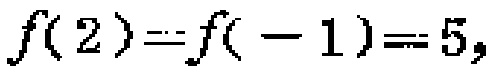
\(f(2)=f(-1)=5,\)